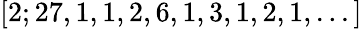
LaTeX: [2;27,1,1,2,6,1,3,1,2,1,...]